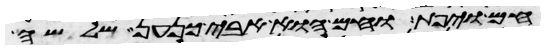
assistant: חם ויפת וחם הוא אבי כנען שלשה